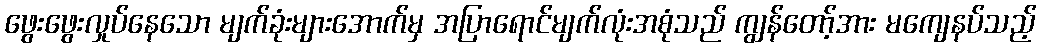
ဖွေးဖွေးလှုပ်နေသော မျက်ခုံးများအောက်မှ အပြာရောင်မျက်လုံးအစုံသည် ကျွန်တော့်အား မကျေနပ်သည့်